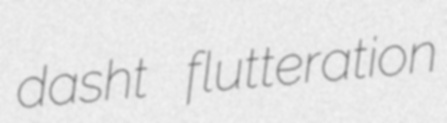
dasht flutteration